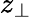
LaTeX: z_{\bot}